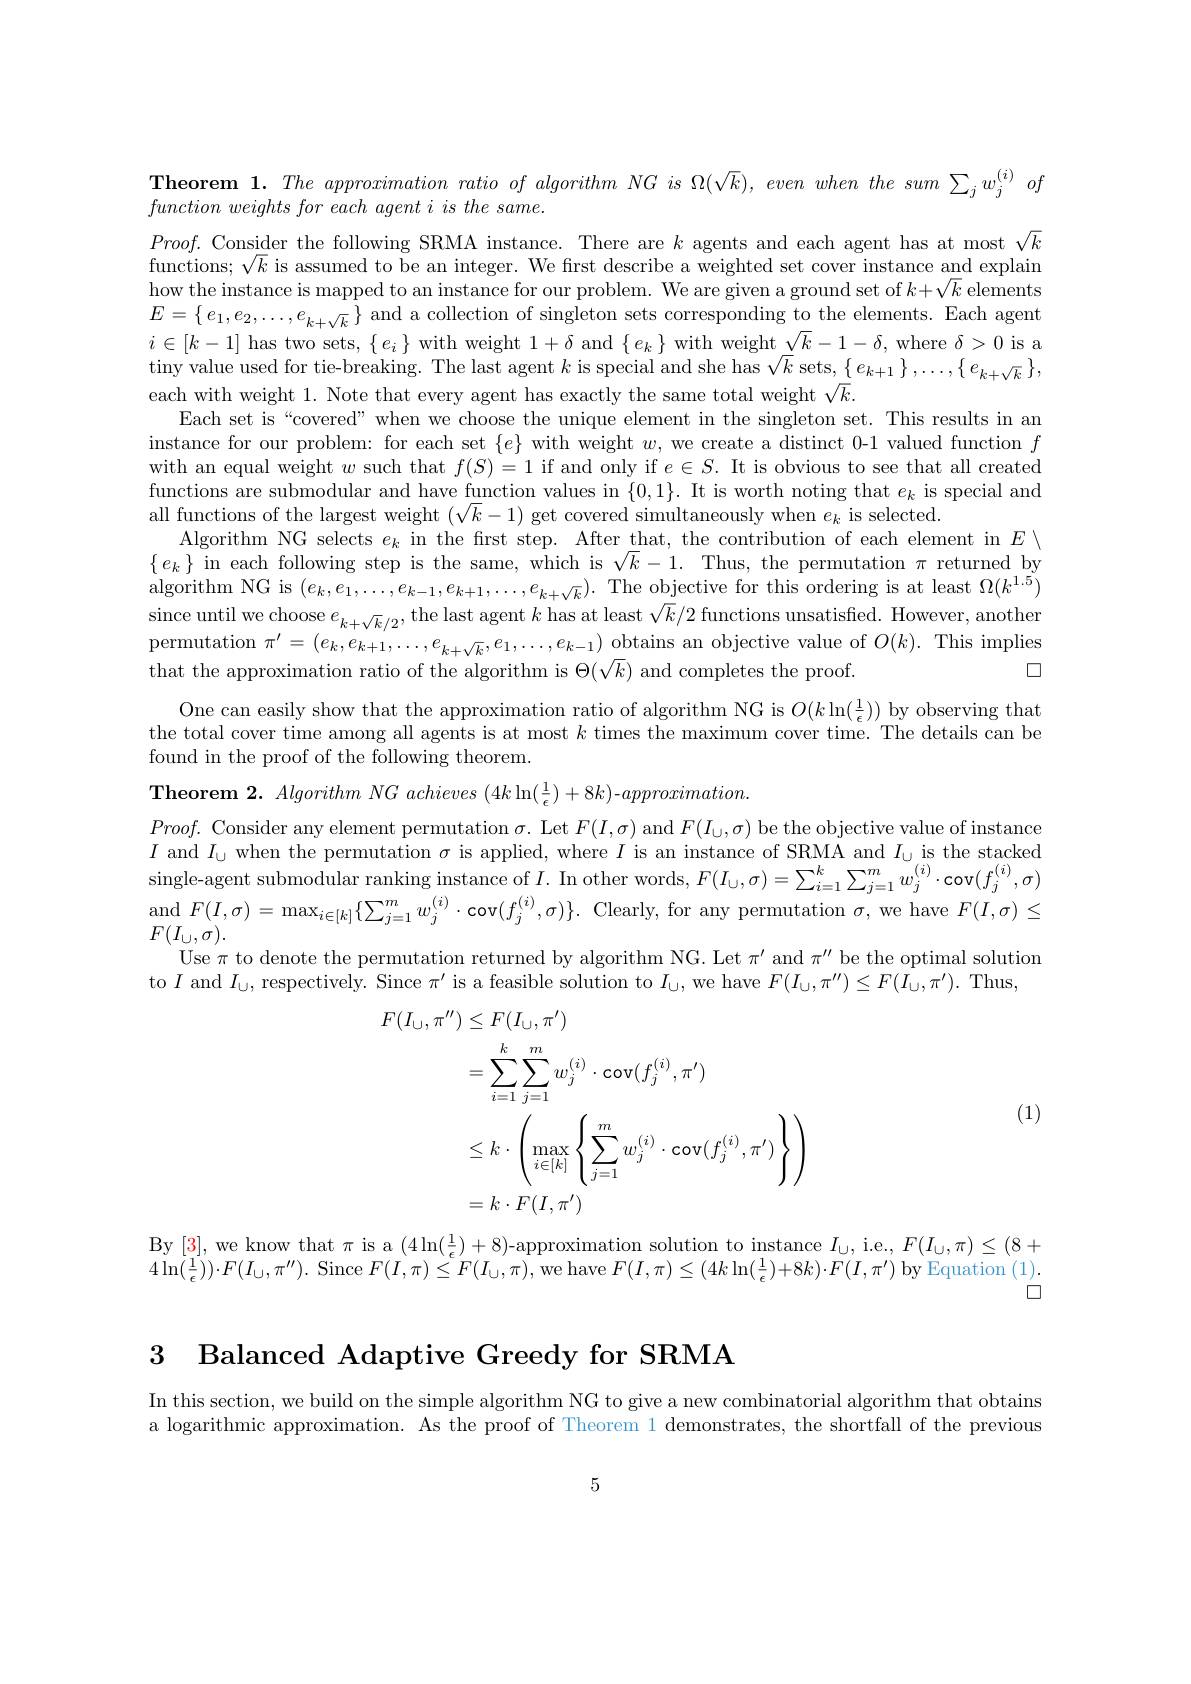
Theorem 1. The approximation
$\textit{function weights for each}$
$Proof.$ Consider the follow functions; $\sqrt k$ is assumed to be an integer. We frst describe a weighted set cover instance and explain how the instance is mapped t $E=\{e_{1},e_{2},\ldots,e_{k+\sqrt{k}}\}$ and a collection of singleton sets corresponding to the elements. Each agent $i\in[k-1]$ has two sets, $\{e_i\}$ with weight $1+\delta$ and $\{e_k\}$ with weight $\sqrt k-1-\delta$, where $\delta>0$ is a tiny value used for tie-breaking. The last agent $k$ is special and she has $\sqrt k$ sets$,\left\{e_{k+1}\right\},\ldots,\left\{e_{k+\sqrt{k}}\right\}$, each with weight 1. Note that every agent has exactly the same total weight $\sqrt k.$
Each set is “covered” when we choose the unique element in the singleton set. This results in an instance for our problem: for each set $\{e\}$ with weight $w$, we create a distinct 0-1 valued function $f$ with an equal weight $w$ such that $f(S)=1$ if and only if $e\in S.$ It is obvious to see that all created functions are submodular and have function values in $\{0,1\}.$ It is worth noting that $e_k$ is special and all functions of the largest weight $(\sqrt k-1)$ get covered simultaneously when $e_k$ is selected.
Algorithm NG selects $e_k$ in the frst step. After that, the contribution of each element in $E\setminus$ $\{e_k\}$ in each following step is the same, which is $\sqrt k-1.$ Thus, the permutation $\pi$ returned by algorithm NG is $(e_k,e_1,\ldots,e_{k-1},e_{k+1},\ldots,e_{k+\sqrt{k}}).$ The objective for this ordering is at least $\Omega(k^{1.5})$ since until we choose $e_k+\sqrt{k}/2$, the last agent $k$ has at least $\sqrt k/2$ functions unsatisfied. However, another permutation $\pi^\prime=(e_k,e_{k+1},\ldots,e_{k+\sqrt{k}},e_1,\ldots,e_{k-1})$ obtains an objective value of $O(k).$ This implies that the approximation ratio of the algorithm is $\Theta(\sqrt k)$ and completes the proof.
$\square$
One can easily show that the approximation ratio of algorithm NG is $O(k\ln(\frac1\epsilon))$ by observing that the total cover time among a found in the proof of the fo
Theorem 2. Algorithm NG achieves (4k\ln(\frac{1}{\epsilon})+8k)-approximation.
$Proof.$ Consider any elemen $I$ and $I_\cup$ when the permu single-agent submodular rank and $F( I, \sigma ) = \max _{i\in [ k] }\{ \sum$
Use $\pi$ to denote the permut
to $I$ and $I_\cup$, respective
$$\begin{aligned}F(I_{\cup},\pi^{\prime\prime})&\leq F(I_{\cup},\pi^{\prime})\\&=\sum_{i=1}^{k}\sum_{j=1}^{m}w_{j}^{(i)}\cdot\mathrm{cov}(f_{j}^{(i)},\pi^{\prime})\\&\leq k\cdot\left(\max_{i\in[k]}\left\{\sum_{j=1}^{m}w_{j}^{(i)}\cdot\mathrm{cov}(f_{j}^{(i)},\pi^{\prime})\right\}\right)\\&=k\cdot F(I,\pi^{\prime})\end{aligned}$$
(1)

By [3], we know that $\pi$ is $4\ln(\frac{1}{\epsilon}))\cdot F(I_{\cup},\pi^{\prime\prime}$
$\square$

3 Balanced Adaptive Greedy

In this section, we build on the simple algorithm NG to give a new combinatorial algorithm that obtains a logarithmic approximation. As the proof of Theorem 1 demonstrates, the shortfall of the previous

5